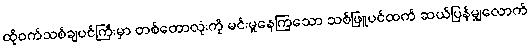
ထိုဝက်သစ်ချပင်ကြီးမှာ တစ်တောလုံးကို မင်းမူနေကြသော သစ်ဖြူပင်ထက် ဆယ်ပြန်မျှလောက်